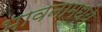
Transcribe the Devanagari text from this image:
भावनामध्ये